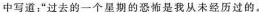
中写道：”过去的一个星期的恐怖是我从未经历过的。